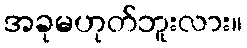
အခုမဟုတ်ဘူးလား။